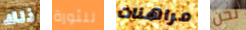
ذلك للثورة مراهنات نحن